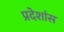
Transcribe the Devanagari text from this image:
प्रदेशांस